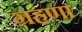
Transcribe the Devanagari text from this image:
ग्रहणा